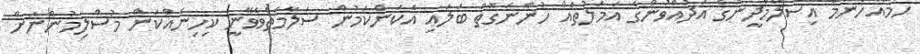
ހަމައެހެންމެ އިސްލާމްދީނުގެ އަދުއްވުންގެ އަމަލުތައް ހުންނަގޮތް ބަލައި އެކަންކަމުން ސަލާމަތްވެވޭނީ ކިހިނެއްކަން މުސްލިމުންނަށް